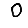
Digit: 0